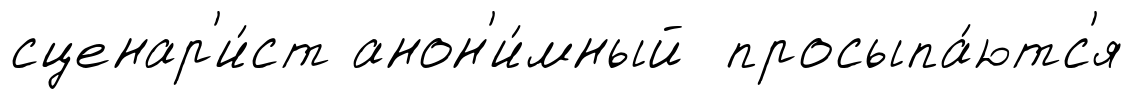
сценар'и́ст анон'и́мный просыпа́ютс'я